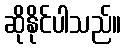
ဆိုနိုင်ပါသည်။